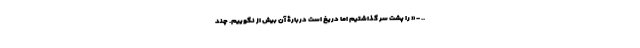
.. - « را پشت سر گذاشتیم اما دریغ است دربارۀ آن بیش از نگوییم. چند